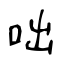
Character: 咄